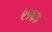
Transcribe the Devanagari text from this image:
९१४३